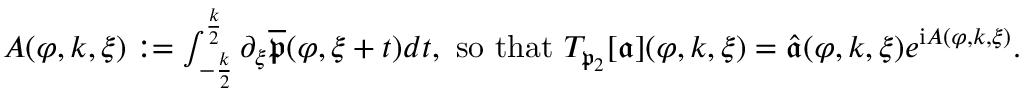
\begin{array} { r } { A ( \varphi , k , \xi ) : = \int _ { - \frac { k } 2 } ^ { \frac { k } 2 } \partial _ { \xi } \overline { { \mathfrak { p } } } ( \varphi , \xi + t ) d t , \mathrm { ~ s o ~ t h a t ~ } T _ { \mathfrak { p } _ { 2 } } [ \mathfrak { a } ] ( \varphi , k , \xi ) = \widehat { \mathfrak { a } } ( \varphi , k , \xi ) e ^ { \mathrm { i } A ( \varphi , k , \xi ) } . } \end{array}